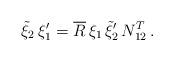
LaTeX: \begin{align*}\tilde{\xi}_2\,\xi _1'=\overline{R}\,\xi _1\,\tilde{\xi}_2'\,N_{12}^{T}\,. \end{align*}